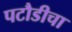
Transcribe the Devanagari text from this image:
पटौडीचा